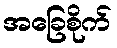
အခြေစိုက်